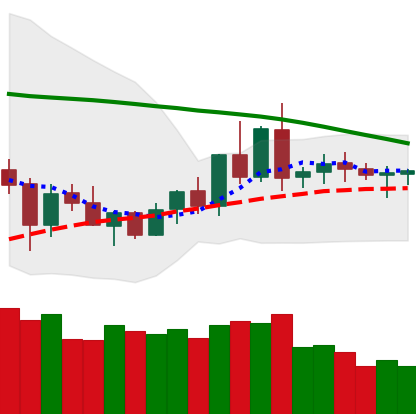
Ticker: XRP-USD
Chart end date: 2020-06-08
Forward return: -5.234%
Label: down_5_7